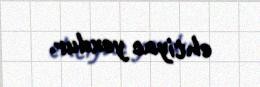
ehtiyac yoxdur.